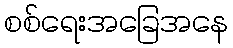
စစ်ရေးအခြေအနေ